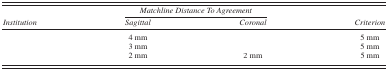
<table><thead><tr><td>[EMPTY_CELL]</td><td colspan="2"><b><i>Matchline Distance To Agreement</i></b></td><td>[EMPTY_CELL]</td></tr><tr><td><b><i>Institution</i></b></td><td><b><i>Sagittal</i></b></td><td><b><i>Coronal</i></b></td><td><b><i>Criterion</i></b></td></tr></thead><tbody><tr><td>[EMPTY_CELL]</td><td>4 mm</td><td>[EMPTY_CELL]</td><td>5 mm</td></tr><tr><td>[EMPTY_CELL]</td><td>3 mm</td><td>[EMPTY_CELL]</td><td>5 mm</td></tr><tr><td>[EMPTY_CELL]</td><td>2 mm</td><td>2 mm</td><td>5 mm</td></tr></tbody></table>